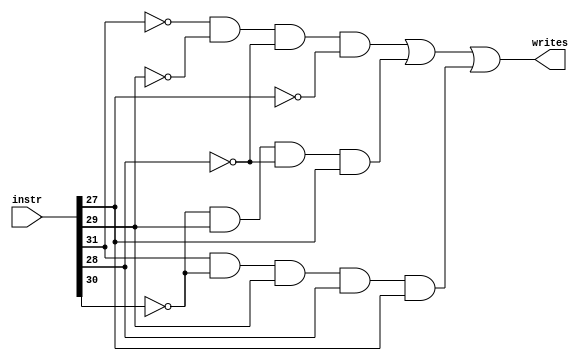
module writes_rd(writes, instr);
    input [31:0] instr;
    output writes;

    // writes is 1 if instr writes $rd, 0 otherwise.
    // instructions that write to $rd include R-type (00000), addi (00101), lw (01000), sbp (10111), and for our purposes, setx (10101)
    assign writes = (~instr[31]              & ~instr[29] & ~instr[28] & ~instr[27]) | // 0x000 R-type/lw 
                    (             ~instr[30] &  instr[29] & ~instr[28] &  instr[27]) | // x0101 addi/setx
                    ( instr[31] & ~instr[30] &  instr[29] &  instr[28] &  instr[27]);  // 10111 sbp
endmodule